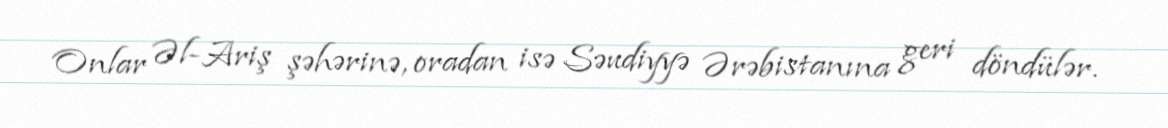
Onlar Əl-Ariş şəhərinə, oradan isə Səudiyyə Ərəbistanına geri döndülər.